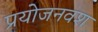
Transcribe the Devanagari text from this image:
प्रयोजनवश